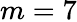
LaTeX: m=7